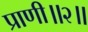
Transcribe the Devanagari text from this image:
प्राणी॥२॥